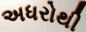
અધરોથી